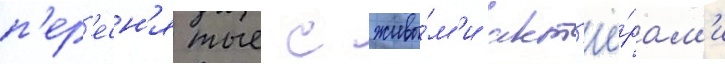
п'ер'есн'ятые с живы́м'и акт'ё́рам'и